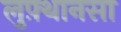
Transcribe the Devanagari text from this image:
लुफ़्थानसा